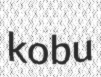
kobu